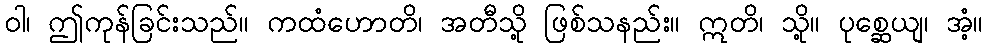
ဝါ၊ ဤကုန်ခြင်းသည်။ ကထံဟောတိ၊ အတီသို့ ဖြစ်သနည်း။ ဣတိ၊ သို့။ ပုစ္ဆေယျ၊ အံ့။